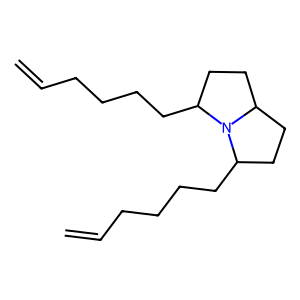
SMILES: C=CCCCCC1CCC2CCC(CCCCC=C)N12
Inhibits HIV replication: No